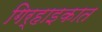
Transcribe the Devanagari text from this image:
गिर्हाइकात